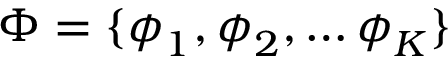
\boldsymbol { \Phi } = \{ \boldsymbol { \phi } _ { 1 } , \boldsymbol { \phi } _ { 2 } , \dots \boldsymbol { \phi } _ { K } \}